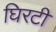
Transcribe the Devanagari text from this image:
घिरटी